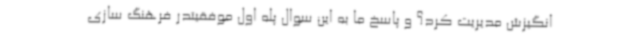
انگیزش مدیریت کرد؟ و پاسخ ما به این سوال پله اول موفقیتدر فرهنگ سازی